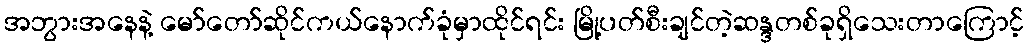
အဘွားအနေနဲ့ မော်တော်ဆိုင်ကယ်နောက်ခုံမှာထိုင်ရင်း မြို့ပတ်စီးချင်တဲ့ဆန္ဒတစ်ခုရှိသေးတာကြောင့်